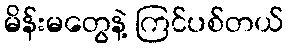
မိန်းမတွေနဲ့ ကြင်ပစ်တယ်